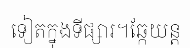
ទៀតក្នុងទីផ្សារ។ឆ្កែយន្ត